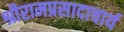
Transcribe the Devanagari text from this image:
श्रीरामप्रसादाचार्य